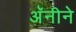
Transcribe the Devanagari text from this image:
अॅनीने